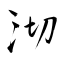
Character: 沏